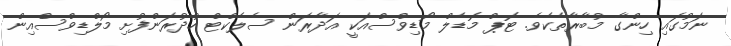
ނަމުގައި ހިންގާ މުބާރާތެކެވެ. ޓޮޕް މޮޑެލް މޯޑިވްސްއަކީ އަދާރަން ސެލެކްޓް ހުދުރަންފުށި މޯލްޑިވްސްއިން